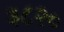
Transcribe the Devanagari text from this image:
३८२०